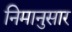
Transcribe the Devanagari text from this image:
निमानुसार